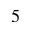
^ 5